Indian journal of veterinary science and animal husbandry - Volume 6,
Year: 1936
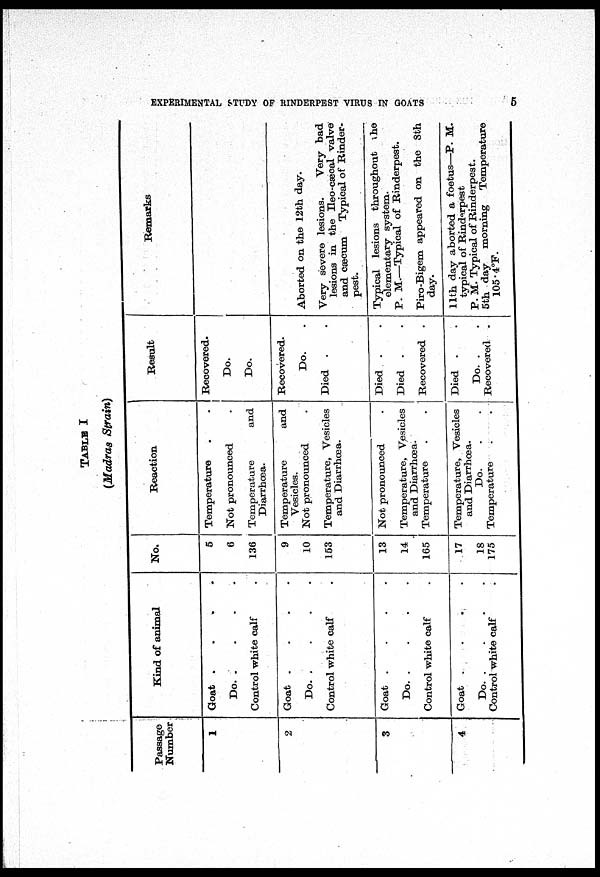
EXPERIMENTAL STUDY OF RINDERPEST VIRUS IN GOATS
5
TABLE I
(Madras Strain)
Passage
Number
1
2
3
4
Kind of animal
Goat . . . .
Do.
.
.
.
.
Control white calf .
Goat
.
.
.
.
Do. . . . .
Control white calf .
Goat
.
.
.
.
Do.
.
.
.
.
Control white calf .
Goat . . . .
Do.
.
.
.
.
Control white calf .
No.
5
6
136
9
10
153
13
14
165
17
18
175
Reaction
Temperature . .
Not pronounced .
Temperature
and
Diarrhœa.
Temperature
and
Vesicles.
Not pronounced .
Temperature, Vesicles
and Diarrhœa.
Not pronounced .
Temperature, Vesicles
and Diarrhœa.
Temperature . .
Temperature, Vesicles
and Diarrhœa.
Do. . .
Temperature . .
Result
Recovered.
Do.
Do.
Recovered.
Do. .
Died . .
Died . .
Died . .
Recovered .
Died . .
Do. . .
Recovered .
Remarks
Aborted on the 12th day.
Very severe lesions.
Very bad
lesions in the IIeo-cæcal valve
and cæcum Typical of Rinder-
pest.
Typical lesions throughout the
elementary system.
P. M.—Typical of Rinderpest.
Piro-Bigem appeared on the 8th
day.
11th day aborted a foetus—P. M.
typical of Rinderpest
P. M. Typical of Rinderpest.
5th day morning Temperature
105.4°F.